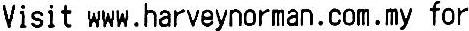
VISIT WWW.HARVEYNORMAN.COM.MY FOR